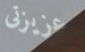
عزيزتى